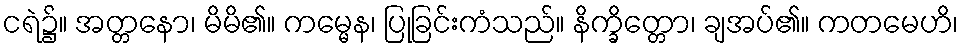
ငရဲ၌။ အတ္တနော၊ မိမိ၏။ ကမ္မေန၊ ပြုခြင်းကံသည်။ နိက္ခိတ္တော၊ ချအပ်၏။ ကတမေဟိ၊